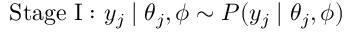
{ \mathrm { S t a g e ~ I : ~ } } y _ { j } \mid \theta _ { j } , \phi \sim P ( y _ { j } \mid \theta _ { j } , \phi )